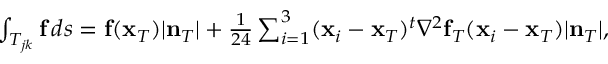
\begin{array} { r } { \int _ { T _ { j k } } { \bf f } \, d s = { \bf f } ( { \bf x } _ { T } ) | { \bf n } _ { T } | + \frac { 1 } { 2 4 } \sum _ { i = 1 } ^ { 3 } ( { \bf x } _ { i } - { \bf x } _ { T } ) ^ { t } \nabla ^ { 2 } { \bf f } _ { T } ( { \bf x } _ { i } - { \bf x } _ { T } ) | { \bf n } _ { T } | , } \end{array}